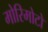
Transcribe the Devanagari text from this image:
मोरिमोटो